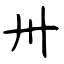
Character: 卅